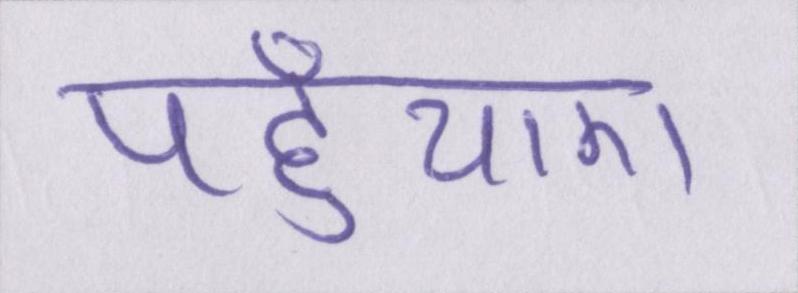
पहुँचाए